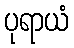
ပုရာယံ